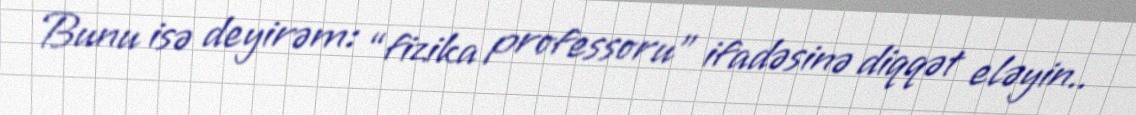
Bunu isə deyirəm: “fizika professoru” ifadəsinə diqqət eləyin..